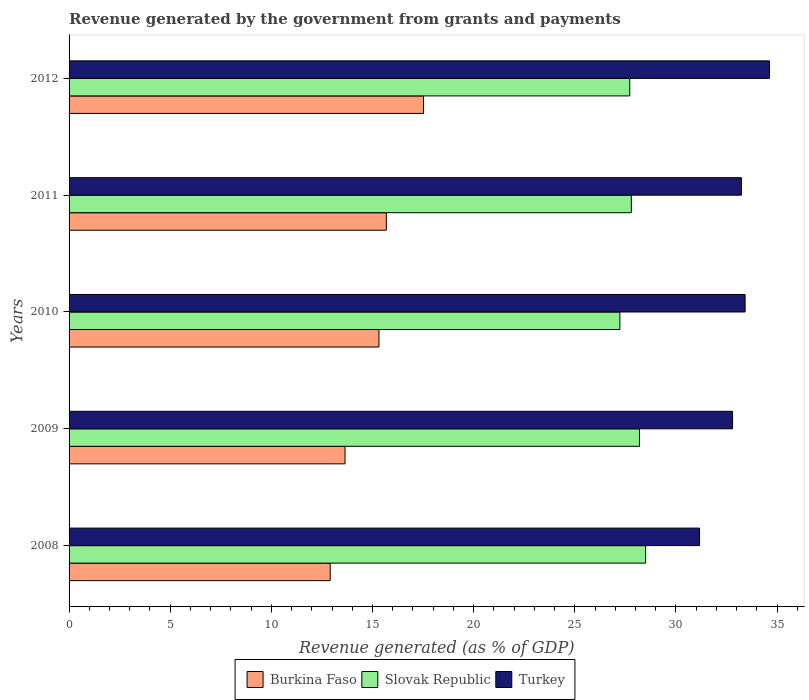
| Years | Burkina Faso | Slovak Republic | Turkey |
 | --- | --- | --- | --- |
 | 2008 | 12.9 | 28.5 | 31.2 |
 | 2009 | 13.6 | 28.2 | 32.8 |
 | 2010 | 15.3 | 27.2 | 33.4 |
 | 2011 | 15.7 | 27.8 | 33.2 |
 | 2012 | 17.5 | 27.7 | 34.6 |